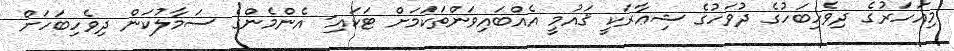
މިއަހަރުގެ ދިވެހިބަހުގެ ދުވަހުގެ ޝިޢާރަކީ ޤައުމީ އެއްބައިވަންތަކަމަށް ޓަކައި- އެންމެންގެ ސަމާލުކަން ދިވެހިބަހަށް